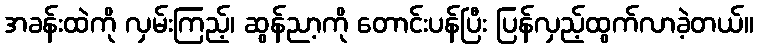
အခန်းထဲကို လှမ်းကြည့်၊ ဆွန်ညာ့ကို တောင်းပန်ပြီး ပြန်လှည့်ထွက်လာခဲ့တယ်။